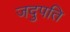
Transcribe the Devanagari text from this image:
जदुपति